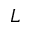
L